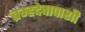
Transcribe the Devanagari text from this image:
ब्रम्हदेवापाशी